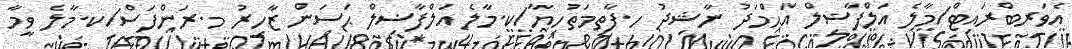
އެވަރބްރައިޓް/މާލެ އަލްފާޟިލް އަޙްމަދު ނާޝިދު ހ.ފާތިމަތުހިޔާ/ކ.މާލެ އަލްފާޟިލް ޙަސަން ޒާހިރު މ.ރަންފަސް/ކ.މާލެ ވީމާ